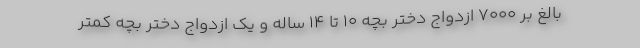
بالغ بر ۷۰۰۰ ازدواج دختر بچه ۱۰ تا ۱۴ ساله و یک ازدواج دختر بچه کمتر